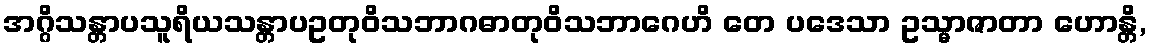
အဂ္ဂိသန္တာပသူရိယသန္တာပဥတုဝိသဘာဂဓာတုဝိသဘာဂေဟိ တေ ပဒေသာ ဥသ္မာဇာတာ ဟောန္တိ,